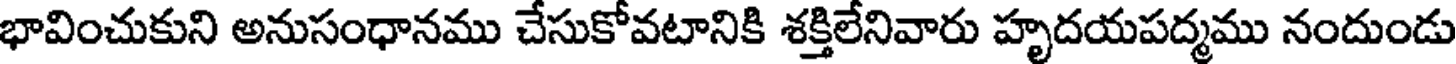
భావించుకుని అనుసంధానము చేసుకోవటానికి శక్తిలేనివారు హృదయపద్మము నందుండు